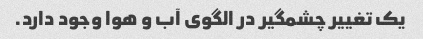
یک تغییر چشمگیر در الگوی آب و هوا وجود دارد.